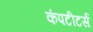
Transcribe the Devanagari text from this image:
कंपटीटर्स